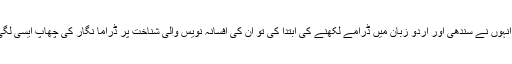
ان کی بظاہر ادبی شناخت تو افسانہ نگار ہی تھی مگر جب سے انہوں نے سندھی اور اردو زبان میں ڈرامے لکھنے کی ابتدا کی تو ان کی افسانہ نویس والی شناخت پر ڈراما نگار کی چھاپ ایسی لگی کہ آخری دم تک وہ ڈراما نگار کے طور پر ہی پہچانے گئے۔